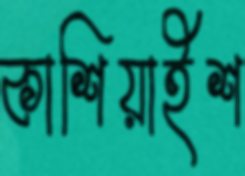
কাশিয়াইশ